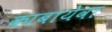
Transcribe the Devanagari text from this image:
काबायेवा